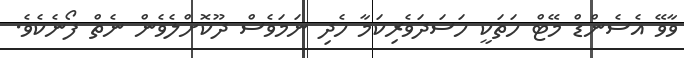
ވާވޭ އެސެންޑް މޭޓް ހަތަކީ ހަސަދަވެރިކަމާ ހެދި ނަމަވެސް ދޫކޮށްލެވެން ނެތް ފޯނެކެވެ.